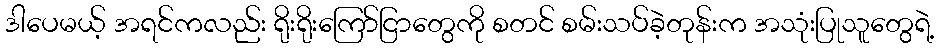
ဒါပေမယ့် အရင်ကလည်း ရိုးရိုးကြော်ငြာတွေကို စတင် စမ်းသပ်ခဲ့တုန်းက အသုံးပြုသူတွေရဲ့